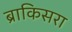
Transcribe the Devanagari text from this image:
ब्राकिसरा